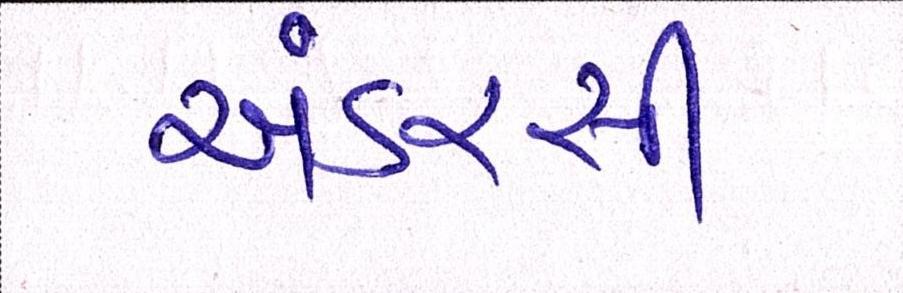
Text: અંડરસી